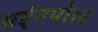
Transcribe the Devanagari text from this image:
सईनपोस्ट